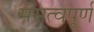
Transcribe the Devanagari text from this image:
मसत्वपूर्ण